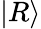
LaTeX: \vert R\rangle